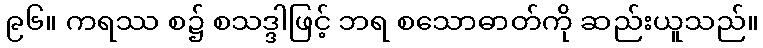
၉၆။ ကရဿ စ၌ စသဒ္ဒါဖြင့် ဘရ စသောဓာတ်ကို ဆည်းယူသည်။